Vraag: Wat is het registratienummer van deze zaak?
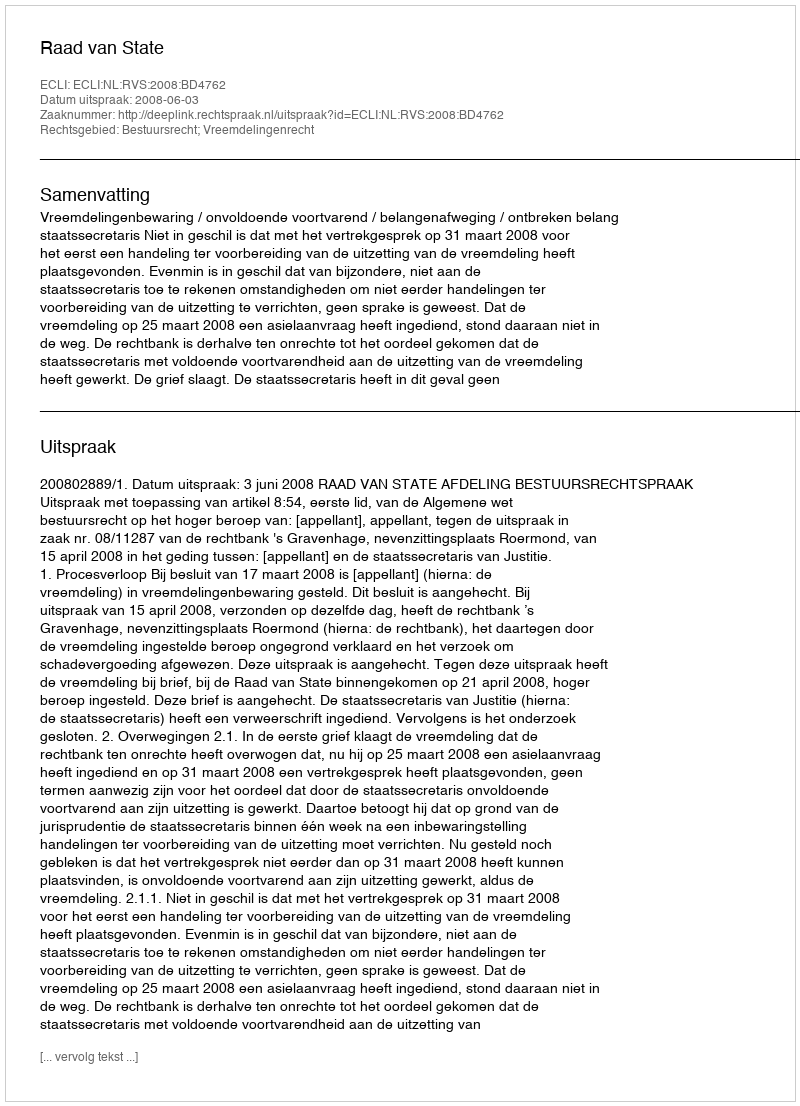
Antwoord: http://deeplink.rechtspraak.nl/uitspraak?id=ECLI:NL:RVS:2008:BD4762